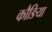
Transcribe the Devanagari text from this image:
कौङिया